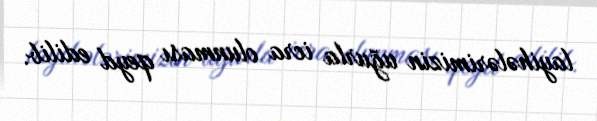
layihələrimizin uğurla icra olunması qeyd edilib.